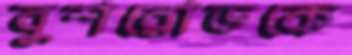
বুশরোডকে